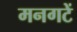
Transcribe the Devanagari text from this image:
मनगटें